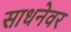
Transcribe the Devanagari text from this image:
साधनेवर